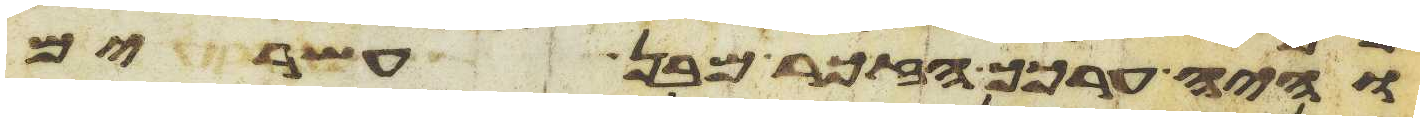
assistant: והיה ערכך הזכר מבן עשרים